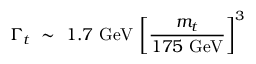
\Gamma _ { t } \ \sim \ 1 . 7 \ \mathrm { G e V } \ \biggl [ { \frac { m _ { t } } { 1 7 5 \ \mathrm { G e V } } } \biggr ] ^ { 3 }